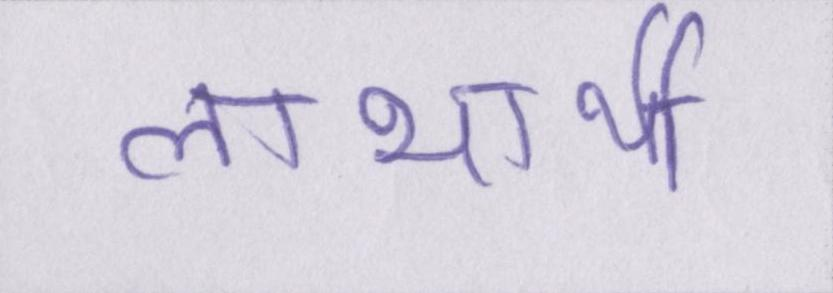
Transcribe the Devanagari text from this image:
लाभार्थी